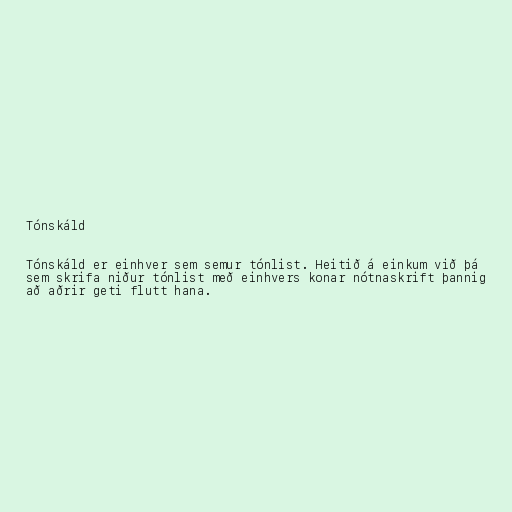
Tónskáld

Tónskáld er einhver sem semur tónlist. Heitið á einkum við þá
sem skrifa niður tónlist með einhvers konar nótnaskrift þannig
að aðrir geti flutt hana.